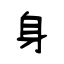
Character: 身